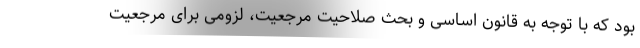
بود که با توجه به قانون اساسی و بحث صلاحیت مرجعیت، لزومی برای مرجعیت